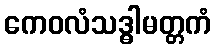
ကေဝလံသဒ္ဓါမတ္တကံ